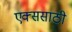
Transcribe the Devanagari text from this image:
एक्ससाठी